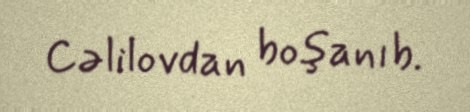
Cəlilovdan boşanıb.